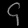
Digit: ၄